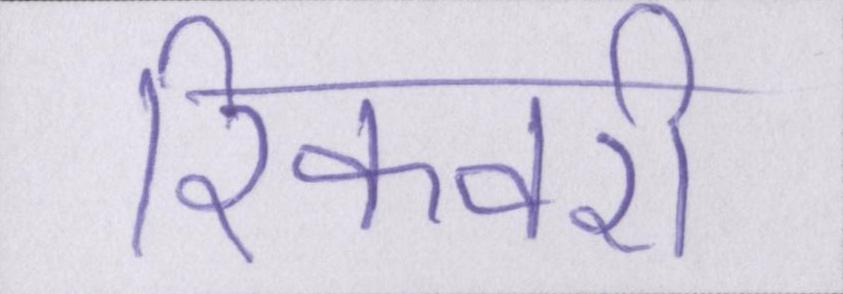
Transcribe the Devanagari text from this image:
रिकवरी